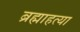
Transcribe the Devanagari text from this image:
ब्रह्माहत्या